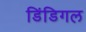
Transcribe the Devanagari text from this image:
डिंडिगल